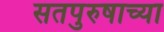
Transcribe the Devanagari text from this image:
सतपुरुषाच्या